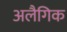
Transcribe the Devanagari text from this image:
अलैगिक